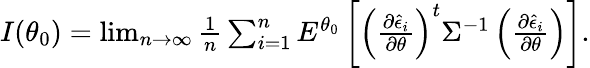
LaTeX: \begin{array}{r}{I(\theta_{0})=\operatorname*{lim}_{n\rightarrow\infty}\frac{1}{n}\sum_{i=1}^{n}E^{\theta_{0}}\left[\left(\frac{\partial\hat{\epsilon}_{i}}{\partial\theta}\right)^{t}\Sigma^{-1}\left(\frac{\partial\hat{\epsilon}_{i}}{\partial\theta}\right)\right].}\end{array}